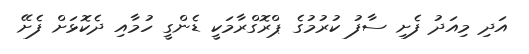
އަދި މިއަދު ފެށި ސާފު ކުރުމުގެ ޕްރޮގްރާމަކީ ޑެންގީ ހުމާއި ދެކޮޅަށް ފެށޭ